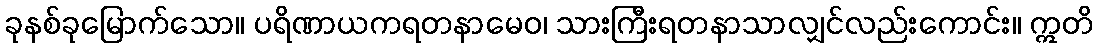
ခုနစ်ခုမြောက်သော။ ပရိဏာယကရတနာမေဝ၊ သားကြီးရတနာသာလျှင်လည်းကောင်း။ ဣတိ